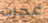
عجزت